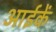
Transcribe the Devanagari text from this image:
आईकें